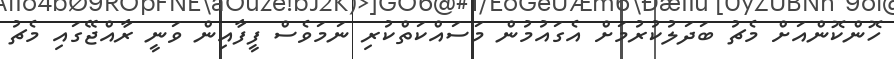
ހޮންކޮންއަށް މެޗު ބަދަލުކުރުމަށް އެގައުމުން މަސައްކަތްކުރި ނަމަވެސް ފީފާއިން ވަނީ ރާއްޖޭގައި މެޗު